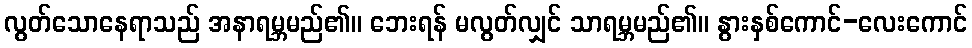
လွတ်သောနေရာသည် အနာရမ္ဘမည်၏။ ဘေးရန် မလွတ်လျှင် သာရမ္ဘမည်၏။ နွားနှစ်ကောင်-လေးကောင်